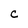
Character: c